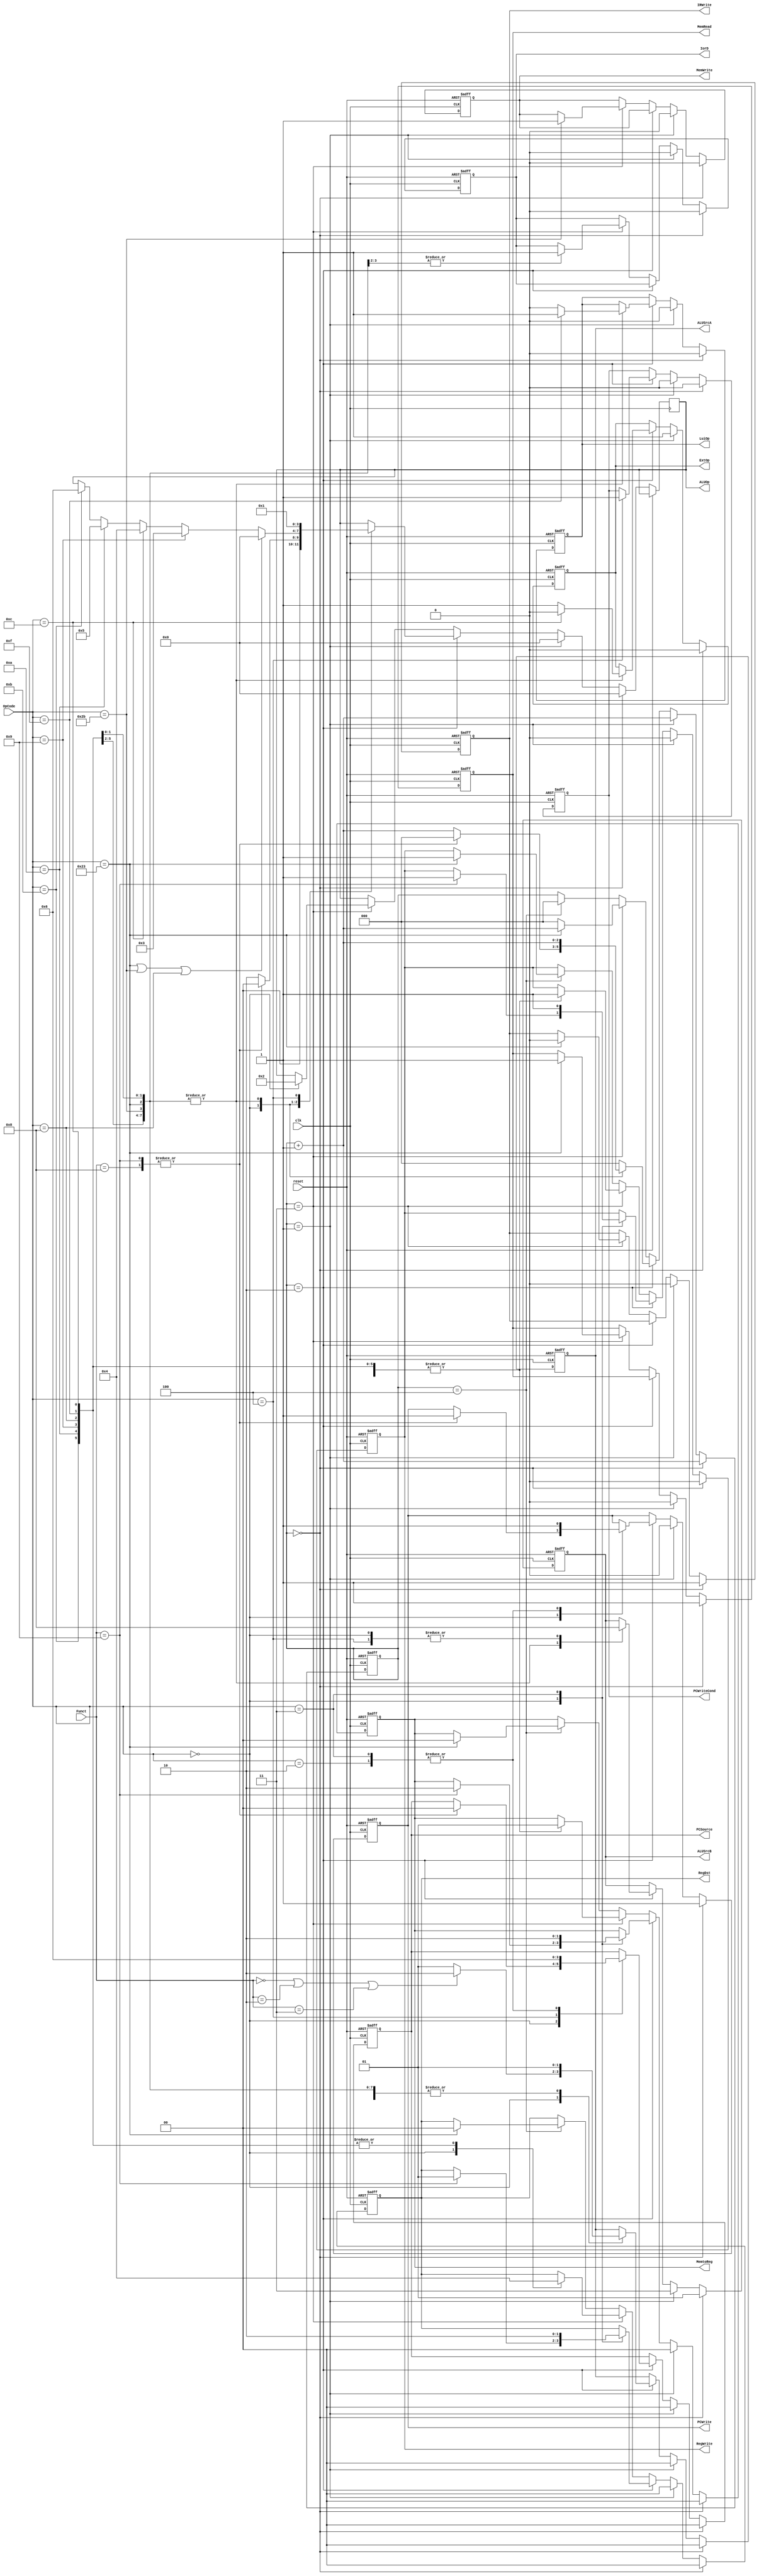
`timescale 1ns / 1ps
//////////////////////////////////////////////////////////////////////////////////
// Class: Fundamentals of Digital Logic and Processor
// Designer: Shulin Zeng, Shang Yang
// 
// Design Name: MultiCycleCPU
// Module Name: Controller
// Project Name: Multi-cycle-cpu
// Target Devices: 
// Tool Versions: 
// Description: 
// 
// Dependencies: 
// 
// Revision:
// Revision 0.01 - File Created
// Additional Comments:
// 
//////////////////////////////////////////////////////////////////////////////////


module Controller(reset, clk, OpCode, Funct, 
                PCWrite, PCWriteCond, IorD, MemWrite, MemRead,
                IRWrite, MemtoReg, RegDst, RegWrite, ExtOp, LuiOp,
                ALUSrcA, ALUSrcB, ALUOp, PCSource);
    //Input Clock Signals
    input reset;
    input clk;
    //Input Signals
    input  [5:0] OpCode;
    input  [5:0] Funct;
    //Output Control Signals
    output reg PCWrite;
    output reg PCWriteCond;
    output reg IorD;            // Inst(0) or Data(1)
    output reg MemWrite;
    output reg MemRead;
    output reg IRWrite;
    output reg [1:0] MemtoReg;  // 00:MEM; 01:ALUOut; 10:jal
    output reg [1:0] RegDst;    // 00:I-type,01:R-type,rd; 10: jal
    output reg RegWrite;
    output reg ExtOp;
    output reg LuiOp;
    output reg [1:0] ALUSrcA;   // 00:PC; 01:RegA; 10:ImmExt for shift
    output reg [1:0] ALUSrcB;   // 00:RegB; 01:4; 11:sign-extended(IR[15:0] << 2
    output reg [3:0] ALUOp;
    output reg [1:0] PCSource;  // 00:ALU.Result; 01:ALUOut; 10:Inst[25:0] << 2

    reg [2:0] state; //current state
    reg [2:0] next_state; //next_state
    parameter sIF = 3'b0, sID = 3'b1; 
    
    parameter ADD = 4'b0000;
    parameter BEQ = 4'b0001;
    parameter R_TYPE = 4'b0010;
    parameter ADDIU = 4'd3;
    parameter ANDI = 4'd4;
    parameter SLTI = 4'd5;
    parameter SLTIU = 4'd6;

    always @(posedge reset or posedge clk) 
    begin
        if (reset) 
            begin
                state <= 3'b0;
                next_state <=3'b0;
                PCWrite <= 1'b0;
                PCWriteCond <= 1'b0;
                IorD <= 1'b0;
                MemWrite <= 1'b0;
                MemRead <= 1'b0;
                IRWrite <= 1'b0;
                MemtoReg <= 2'b00;
                RegDst <= 2'b0;
                RegWrite <= 1'b0;
                ExtOp <= 1'b0;
                LuiOp <= 1'b0;
                ALUSrcA <= 2'b0;
                ALUSrcB <= 2'b0;
                PCSource <= 2'b0;
            end
        else
        begin
            if (next_state == sIF) // sIF = 3'b0
                begin
                    state <= next_state;
                    next_state <= next_state + 3'b1;
                    
                    MemRead <= 1'b1;
                    IRWrite <= 1'b1;
                    PCWrite <= 1'b1;
                    PCSource <= 2'b00;
                    ALUSrcA <= 2'b00;
                    IorD <= 1'b0;
                    ALUSrcB <= 2'b01;
        
                    PCWriteCond <= 1'b0;
                    MemWrite <= 1'b0;
                    MemtoReg <= 2'b00;
                    RegDst <= 2'b0;
                    RegWrite <= 1'b0;
                    ExtOp <= 1'b0;
                    LuiOp <= 1'b0;

                    ALUOp <= ADD;       // ALUOut = PC+4
                end
                
            else if (next_state == sID) // sIF = 3'b1
                begin
                    state <= next_state;
                    next_state <= next_state + 3'b1;
                    ALUSrcA <= 2'b00;
                    ALUSrcB <= 2'b11;    
                    ExtOp <= 1'b1;
                    
                    PCWrite <= 1'b0;
                    PCWriteCond <= 1'b0;
                    IorD <= 1'b0;
                    MemWrite <= 1'b0;
                    MemRead <= 1'b0;
                    IRWrite <= 1'b0;
                    MemtoReg <= 2'b00;
                    RegDst <= 2'b0;
                    RegWrite <= 1'b0;
                    LuiOp <= 1'b0;
                    PCSource <= 2'b0;

                    ALUOp <= ADD;     // ALUOut = PC + (sign-extended(IR[15:0] << 2)
                end
            else if (next_state == 3'd2) 
                begin
                    state <= next_state;
                    case(OpCode)
                        6'h00:        // R-Type
                            begin
                                // Sll, Srl, Sra? ImmExt : RegA
                                ALUSrcA <= (Funct==6'h00 || Funct==6'h02 || Funct==6'h03 ) ? 2'b10 : 2'b01; 
                                ALUSrcB <= 2'b00;     // RegB              
                                case(Funct)
                                    6'h08:  // jr      
                                        begin
                                            PCSource <= 2'b00;
                                            PCWrite  <= 1'b1;
                                            next_state <= sIF;

                                            ALUOp <= ADD;
                                        end
                                    6'h09:  // jalr        
                                        begin
                                            PCSource <= 2'b00;
                                            PCWrite  <= 1'b1;
                                            next_state <= sIF;
                                            
                                            RegDst <= 2'b01;
                                            MemtoReg <= 2'b10;
                                            RegWrite <= 1'b1;

                                            ALUOp <= ADD;
                                        end
                                    default:
                                        begin
                                            next_state <= next_state + 3'b1;

                                            ALUOp <= R_TYPE;
                                        end
                                endcase
                            end
                        6'h23,6'h2b,6'h0f,6'h08,6'h09,6'h0c,6'h0b,6'h0a:    
                        // lw, sw, lui, addi, addiu, andi, slti, sltiu
                            begin
                                ALUSrcA <= 2'b01;                   // RegA
                                ALUSrcB <= 2'b10;                   // ImmExt
                                ExtOp <= ((OpCode==6'h0c)? 0 : 1);  // andi unsigned ext 
                                LuiOp <= ((OpCode==6'h0f)? 1 : 0);  // lui
                                next_state <= next_state + 3'b1;

                                if (OpCode == 6'h23 || OpCode == 6'h2b || OpCode == 6'h08)
                                    ALUOp <= ADD;           // lw, sw, addi
                                else if (OpCode == 6'h09) 
                                    ALUOp <= ADDIU;         // addiu
                                else if (OpCode == 6'h0c) 
                                    ALUOp <= ANDI;          // andi
                                else if (OpCode == 6'h0a) 
                                    ALUOp <= SLTI;          // slti
                                else if (OpCode == 6'h0b) 
                                    ALUOp <= SLTIU;         // sltiu

                            end
                        6'h04: // beq
                            begin
                                PCWriteCond <= 1'b1;
                                ALUSrcA <= 2'b01;   // RegA
                                ALUSrcB <= 2'b00;   // RegB
                                PCSource <= 2'b01;  // ALUOut
                                next_state <= sIF;

                                ALUOp <= BEQ;
                            end
                        6'h02: // j
                            begin
                                PCWrite <= 1'b1;
                                PCSource <= 2'b10;
                                next_state <= sIF;

                                ALUOp <= ALUOp;
                            end
                        6'h03: // jal
                            begin
                                PCWrite <= 1'b1;
                                PCSource <= 2'b10;
                                                               
                                RegDst <= 2'b10;   
                                MemtoReg <= 2'b10;
                                RegWrite <= 1'b1;
                                
                                next_state <= sIF;

                                ALUOp <= ALUOp;
                            end 
                        default: 
                            begin
                                next_state <= sIF;

                                ALUOp <= ALUOp;
                            end
                    endcase
                end
            else if (next_state == 3'd3) 
                begin
                    state <= next_state;
                    case(OpCode)
                        6'h00:  // R-Type
                            begin
                                RegWrite <= 1'b1;
                                RegDst <= 2'b01;
                                MemtoReg <= 2'b01;
                                next_state <= sIF;

                                ALUOp <= R_TYPE;
                            end
                        6'h2b:  // sw
                            begin
                                MemWrite <= 1'b1;
                                IorD <= 1'b1;
                                next_state <= sIF;

                                ALUOp <= ALUOp;
                            end
                        6'h08,6'h09,6'h0c,6'h0b,6'h0a,6'h0f:    
                        // addi, addiu, andi, slti, sltiu, lui  
                            begin
                                RegWrite <= 1'b1;
                                RegDst <= 2'b00;
                                MemtoReg <= 2'b01;
                                next_state <= sIF;

                                ALUOp <= ALUOp;
                            end
                        6'h23:  // lw
                            begin
                                MemRead <= 1'b1;
                                IorD <= 1'b1;
                                IRWrite <=1'b0;
                                next_state <= next_state +3'b001;

                                ALUOp <= ALUOp;
                            end
                        default: 
                            begin
                                next_state <= sIF;

                                ALUOp <= ALUOp;
                            end
                    endcase
        
                end
            else if (next_state == 3'd4) 
                begin
                    state <= next_state;
                    case(OpCode)
                        6'h23: 
                            begin
                                RegWrite <= 1'b1;
                                RegDst <= 2'b00;
                                MemtoReg <= 2'b00;
                                next_state <= sIF;

                                ALUOp <= ALUOp;
                            end
                        default: 
                            begin
                                next_state <= sIF;

                                ALUOp <= ALUOp;
                            end
                    endcase
                 end
         end
    end

endmodule